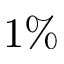
1 \%